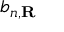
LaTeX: b _ { n , \mathbf { R } }